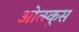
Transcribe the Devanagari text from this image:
ओत्स्कुस